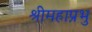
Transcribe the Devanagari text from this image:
श्रीमहाप्रभु